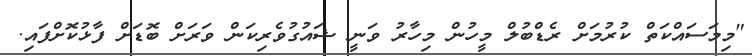
"މިމަސައްކަތް ކުރުމަށް ރެޑްބުލް މީހުން މިހާރު ވަނީ ޝައުގުވެރިކަން ވަރަށް ބޮޑަށް ފާޅުކޮށްފައި.